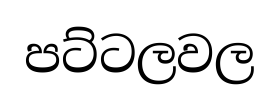
පට්ටලවල